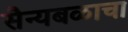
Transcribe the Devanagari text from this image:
सैन्यबळाचा